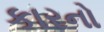
કારનો